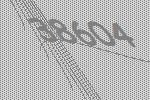
38604